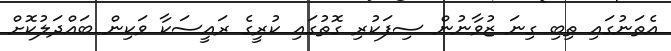
އެތަނުގައި ތިބި ގިނަ ޒުވާނުން ސިފަކުރި ގޮތުގައި ކުރީގެ ރައީސަކާ ވަކިން ބައްދަލުކޮށް